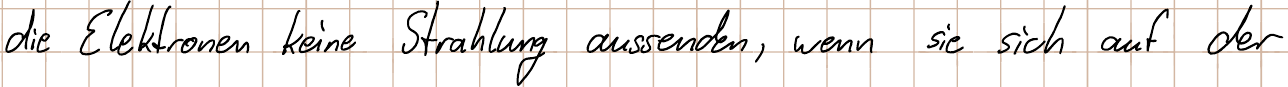
die Elektronen keine Strahlung aussenden, wenn sie sich auf der